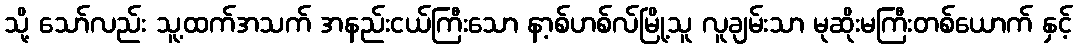
သို့ သော်လည်း သူ့ထက်အသက် အနည်းငယ်ကြီးသော နာ့စ်ဟစ်လ်မြို့သူ လူချမ်းသာ မုဆိုးမကြီးတစ်ယောက် နှင့်